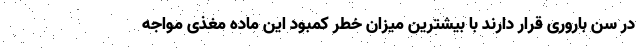
در سن باروری قرار دارند با بیشترین میزان خطر کمبود این ماده مغذی مواجه